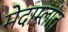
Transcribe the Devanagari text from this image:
मेदाम्लांत